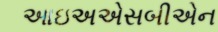
આઇઅએસબીએન